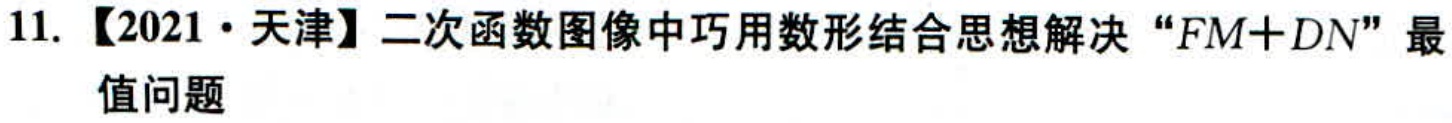
11. 【2021·天津】二次函数图像中巧用数形结合思想解决 “\(FM + DN\)” 最值问题